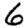
Digit: 6